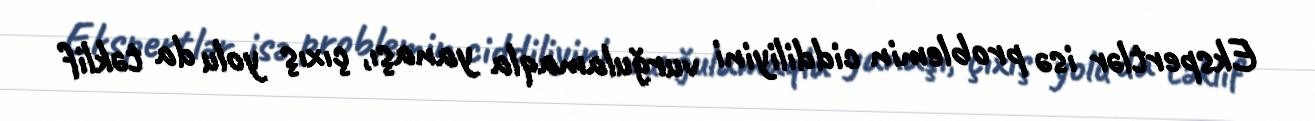
Ekspertlər isə problemin ciddiliyini vurğulamaqla yanaşı, çıxış yolu da təklif